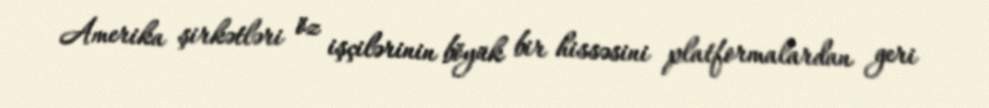
Amerika şirkətləri öz işçilərinin böyük bir hissəsini platformalardan geri